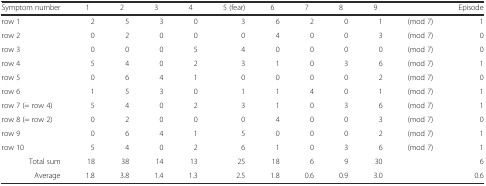
| Symptom number | 1 | 2 | 3 | 4 | 5 (fear) | 6 | 7 | 8 | 9 |  | Episode |
 | --- | --- | --- | --- | --- | --- | --- | --- | --- | --- | --- | --- |
 | row 1 | 2 | 5 | 3 | 0 | 3 | 6 | 2 | 0 | 1 | (mod 7) | 1 |
 | row 2 | 0 | 2 | 0 | 0 | 0 | 4 | 0 | 0 | 3 | (mod 7) | 0 |
 | row 3 | 0 | 0 | 0 | 5 | 4 | 0 | 0 | 0 | 0 | (mod 7) | 0 |
 | row 4 | 5 | 4 | 0 | 2 | 3 | 1 | 0 | 3 | 6 | (mod 7) | 1 |
 | row 5 | 0 | 6 | 4 | 1 | 0 | 0 | 0 | 0 | 2 | (mod 7) | 0 |
 | row 6 | 1 | 5 | 3 | 0 | 1 | 1 | 4 | 0 | 1 | (mod 7) | 1 |
 | row 7 (= row 4) | 5 | 4 | 0 | 2 | 3 | 1 | 0 | 3 | 6 | (mod 7) | 1 |
 | row 8 (= row 2) | 0 | 2 | 0 | 0 | 0 | 4 | 0 | 0 | 3 | (mod 7) | 0 |
 | row 9 | 0 | 6 | 4 | 1 | 5 | 0 | 0 | 0 | 2 | (mod 7) | 1 |
 | row 10 | 5 | 4 | 0 | 2 | 6 | 1 | 0 | 3 | 6 | (mod 7) | 1 |
 | Total sum | 18 | 38 | 14 | 13 | 25 | 18 | 6 | 9 | 30 |  | 6 |
 | Average | 1.8 | 3.8 | 1.4 | 1.3 | 2.5 | 1.8 | 0.6 | 0.9 | 3.0 |  | 0.6 |